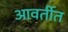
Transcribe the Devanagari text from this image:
आवर्तीत